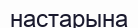
настарына